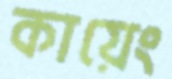
কায়েং